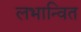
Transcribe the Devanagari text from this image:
लभान्वित